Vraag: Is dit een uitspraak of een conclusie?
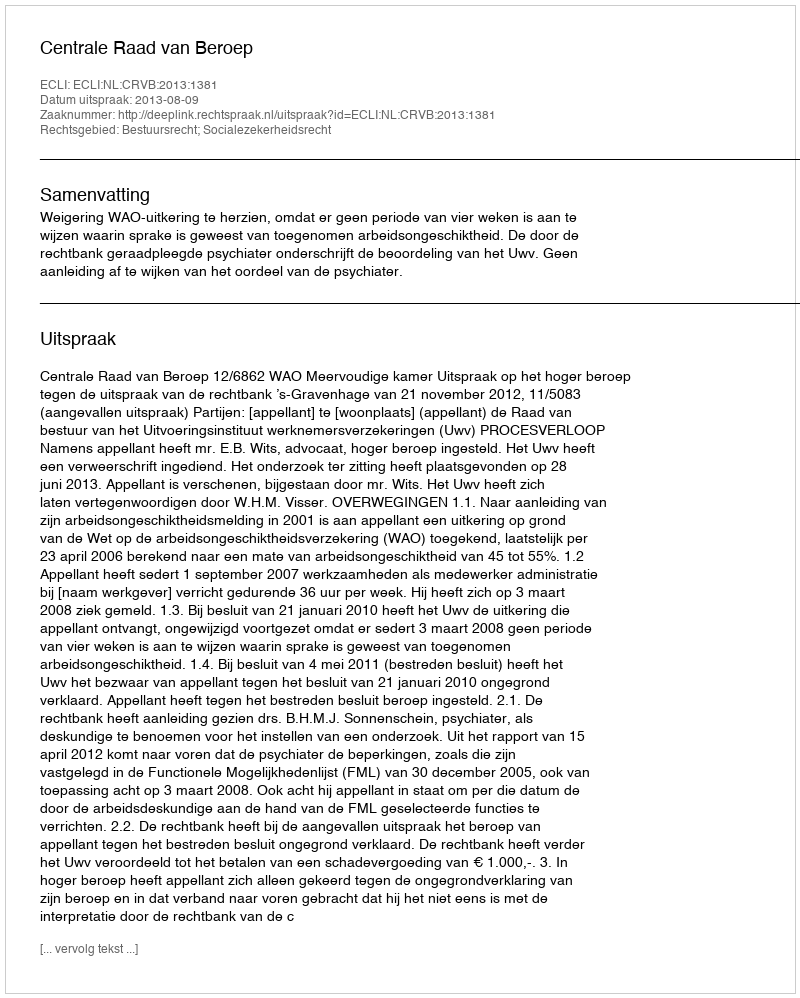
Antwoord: Uitspraak